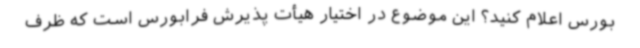
بورس اعلام کنید؟ این موضوع در اختیار هیأت پذیرش فرابورس است که ظرف